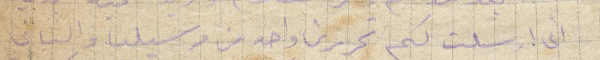
اني أرسلت لكم تحريرين واحد من مرسيليا والثاني